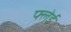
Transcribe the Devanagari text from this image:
फ्लेई